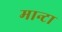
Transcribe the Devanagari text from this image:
मान्टा